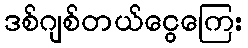
ဒစ်ဂျစ်တယ်ငွေကြေး